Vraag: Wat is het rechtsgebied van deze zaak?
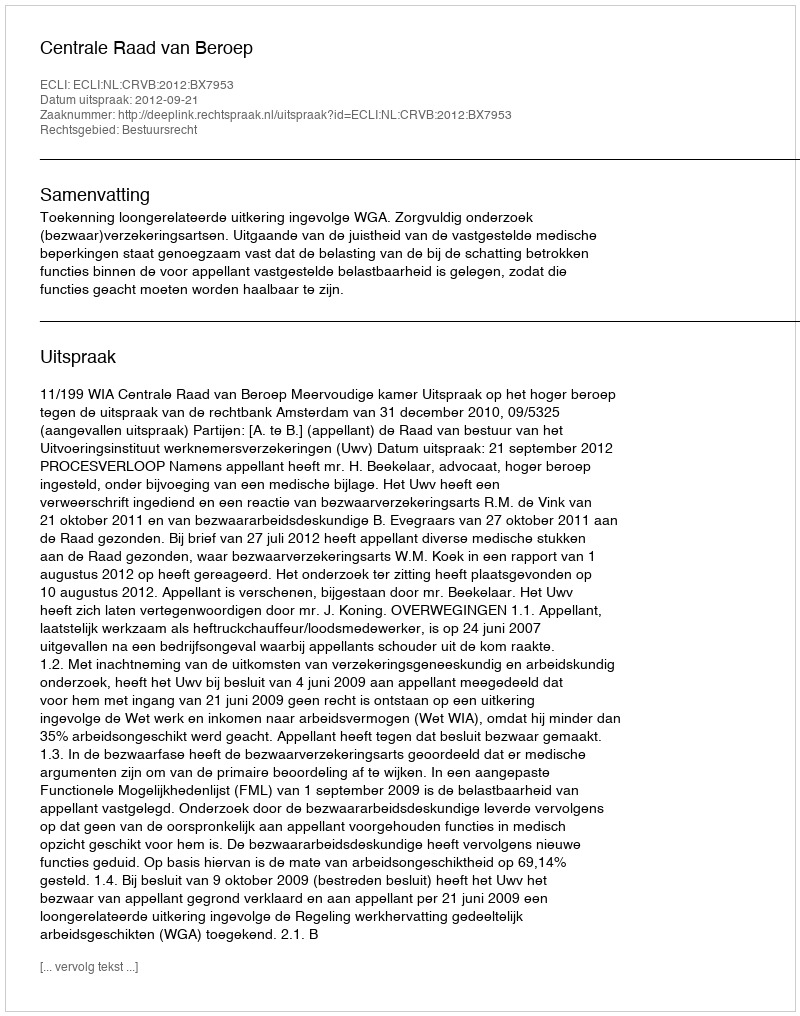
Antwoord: Bestuursrecht